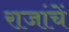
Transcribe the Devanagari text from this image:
राजांचें